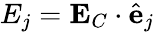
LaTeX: E_{j}=\mathbf{E}_{C}\cdot\hat{\mathbf{e}}_{j}